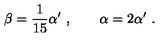
\beta = \frac { 1 } { 1 5 } \alpha ^ { \prime } \ , \qquad \alpha = 2 \alpha ^ { \prime } \ .